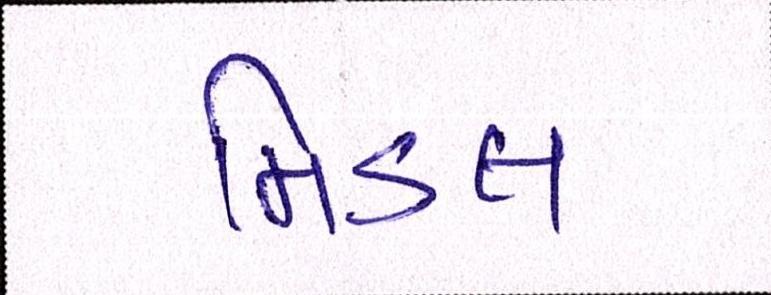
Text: મિડલ